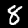
Label: 8